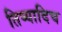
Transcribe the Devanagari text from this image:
तिष्यादिच